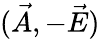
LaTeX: ({\vec{A}},-{\vec{E}})